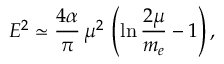
{ \cal E } ^ { 2 } \simeq \frac { 4 \alpha } { \pi } \, \mu ^ { 2 } \, \left( \ln \frac { 2 \mu } { m _ { e } } - 1 \right) ,